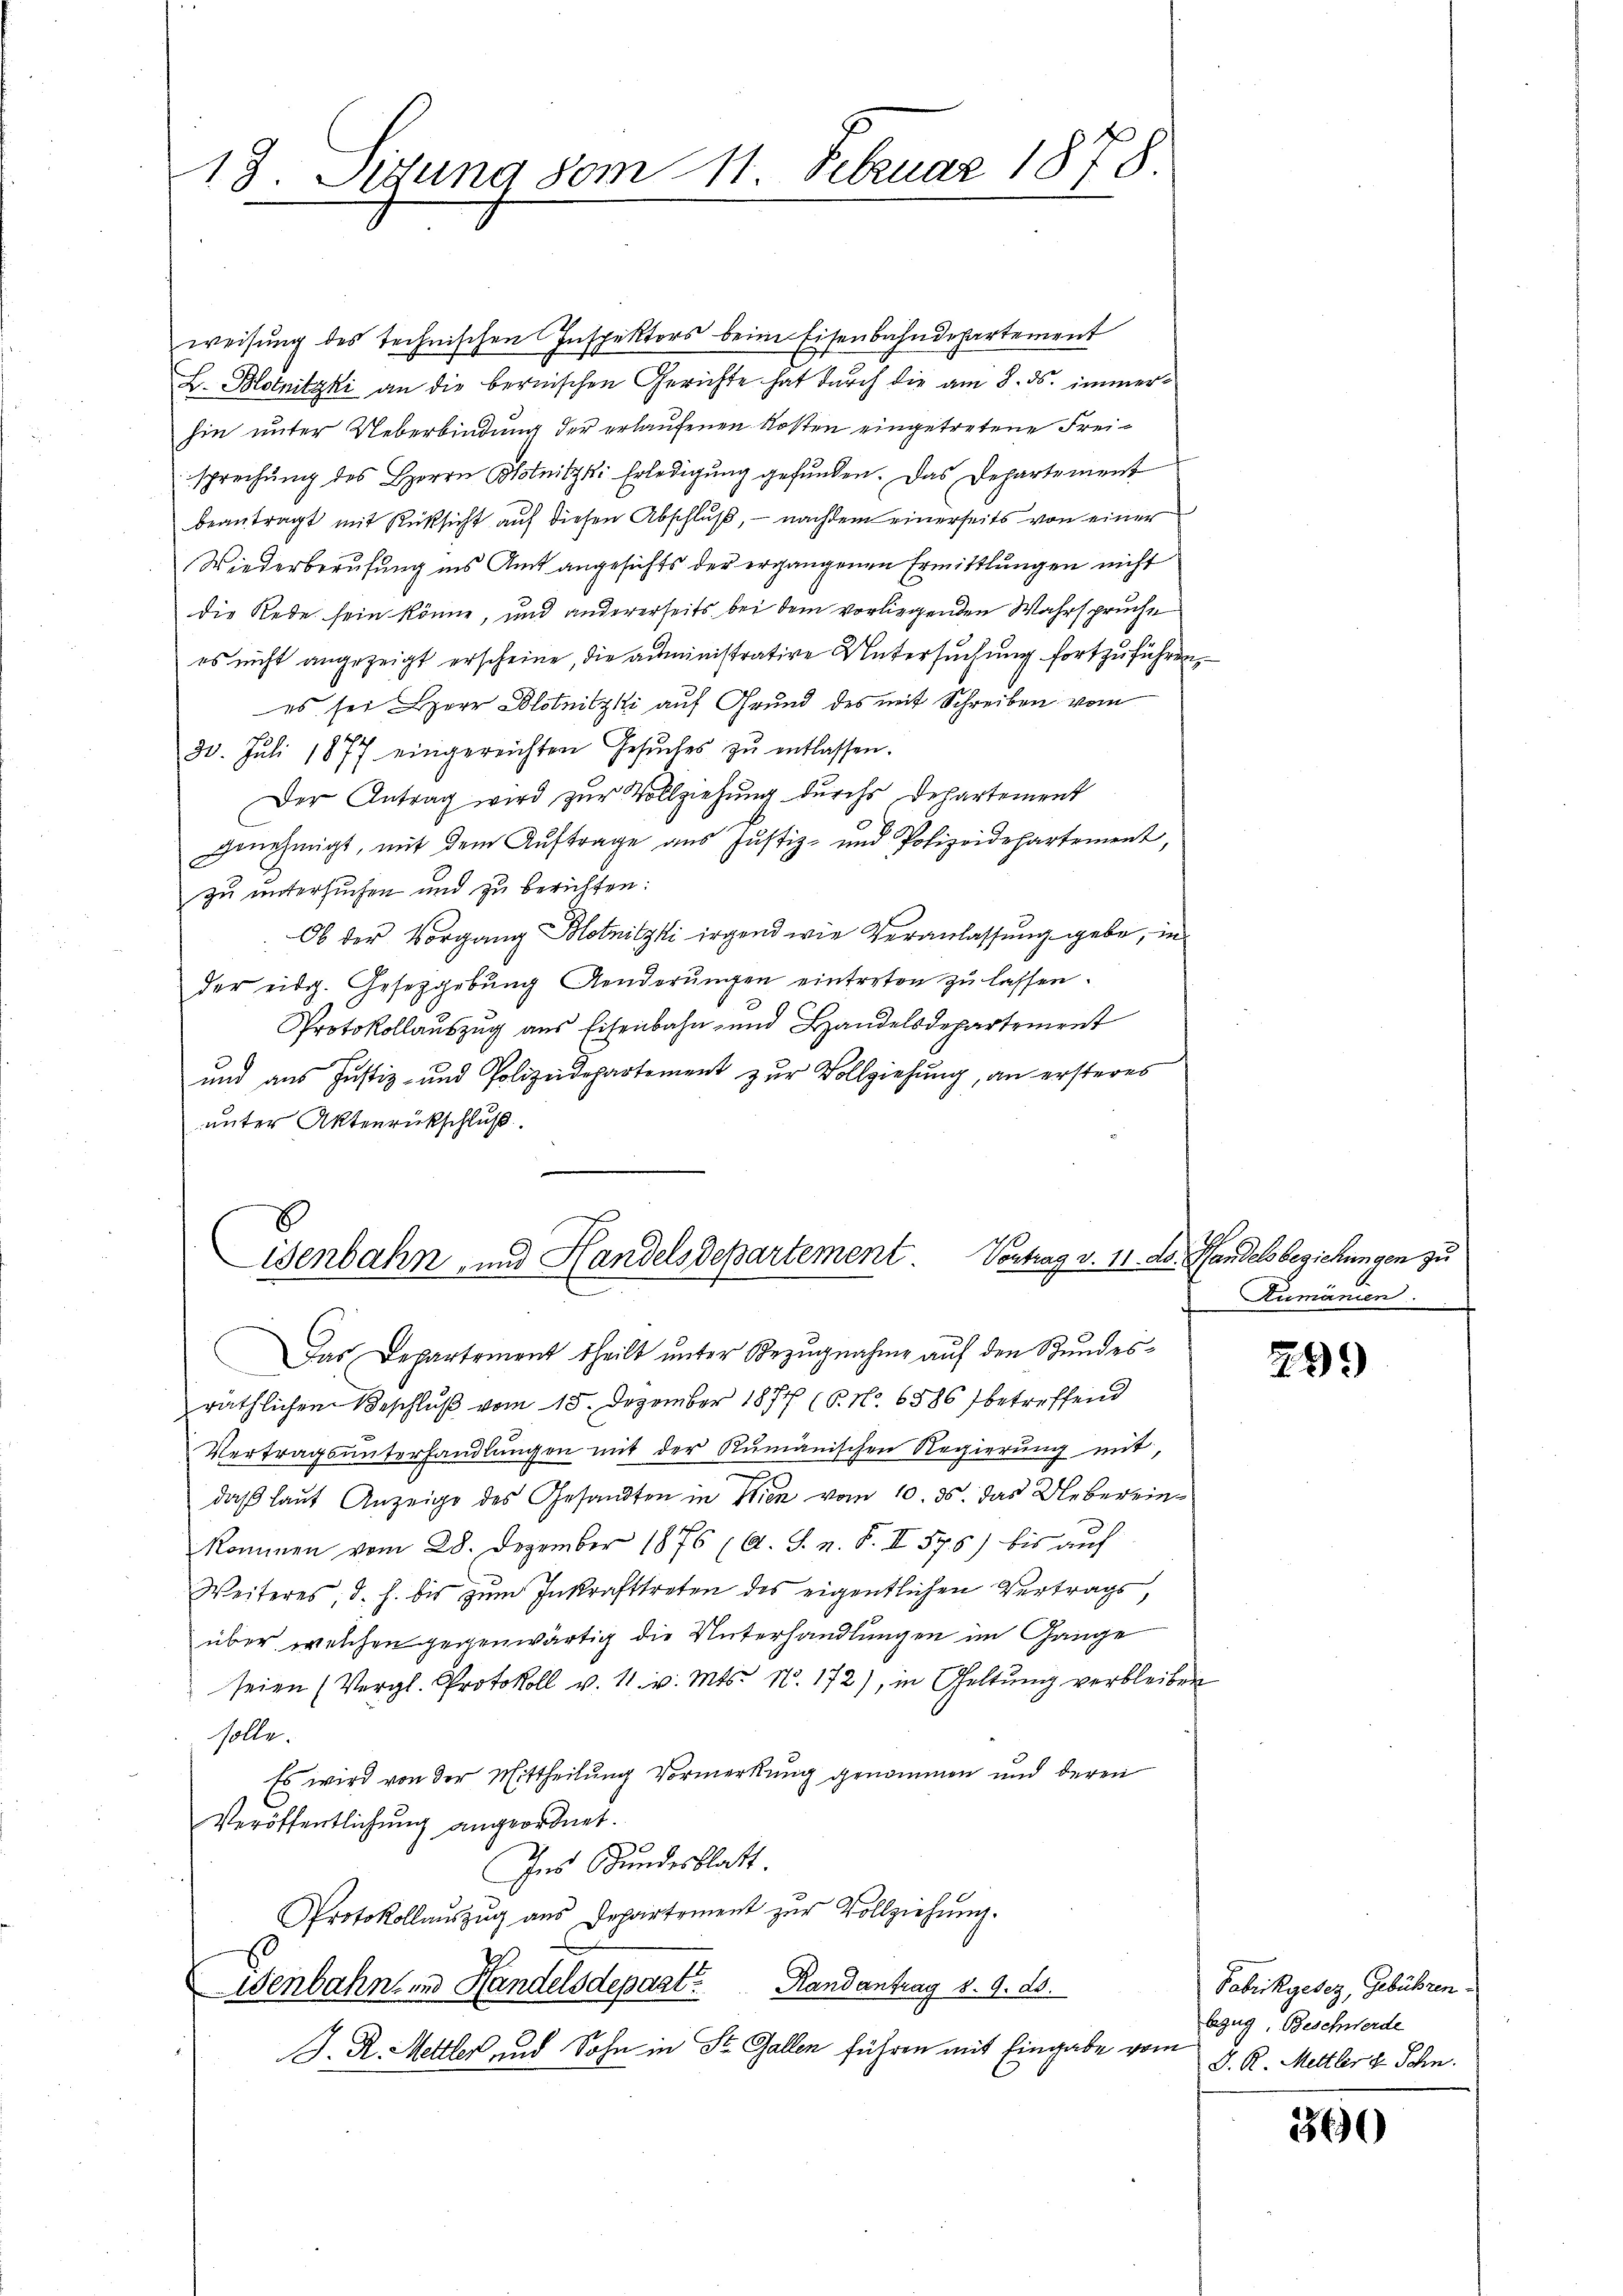
13. Situng vom 11. Februar 1878

weisung des technischen Inspektors beim Eisenbahndepartement
L. Blotnitzki an die bernischen Gerichte hat durch die am 8. ds. immerhin unter Ueberbindung der erlaufenen Kosten eingetretene Freisprechŭng des Herrn Blotnitzki Erledigung gefunden. Das Departement
beantragt mit Rüksicht auf diesen Abschluß, – nachdem einerseits von einer
Wiederberufung ins Amt angesichts der ergangenen Ermittlungen nicht
die Rede sein könne, und andererseits bei dem vorliegenden Wahrspruche
es nicht angezeigt erscheine, die administrative Untersuchung fortzuführen,
es sei Herr Blotnitzki auf Grund des mit Schreiben vom
30. Juli 1877 eingereichten Gesŭches zŭ entlassen.
Der Antrag wird zŭr Vollziehung durchs Departement
genehmigt, mit dem Auftrage aus Justiz- und Polizeidepartement,
zu untersuchen und zu berichten:
Ob der Vorgang Blotnitzki irgend wie Veranlassung gebe, in
der eidg. Gesetzgebung Aenderŭngen eintreten zu lassen.
Protokollauszug aus Eisenbahn- und Handelsdepartement
und aus Justiz- und Polizeidepartement zur Vollziehung, an ersteres
unter Aktenrückschluß.
isenbahn, und Handelsdepartement Contrag v. 11. Ad. Pfandelsbeziehungen zu
Das Departement theilt unter Bezugnahme auf den Stundesräthlichen Beschluß vom 15. Dezember 1877 (6. No. 6586 betreffend
Vertragsunterhandlungen mit der Rumänischen Regierung mit,
0
daß laut Anzeige des Gesandten in Wien vom 10. ds. das Uebereinkommen vom 28. Dezember 1876 (A. S. n. F. II 575) bis auf
Weiteres, d. h. bis zum Inkrafttreten des eigentlichen Vertrags,
über welchen gegenwärtig die Unterhandlungen im Gange
seien (Vergl. Protokoll v. 11. v. Mts. N. 172), in Geltung verbleiben
solle.
Es wird von der Mittheilung Vormerkung genommen und deren
Veröffentlichung angeordnet.
Ins Bundesblatt
Protokollaŭszŭg aŭs Departement zŭr Vollziehŭng.
isenbahn und Handelsdepart Randantrag v. 9. ds.
J. R. Mettler und Sohn in St. Gallen führen mit Eingabe vom

Rumänien.

299

Fabrikgesez, Gebühren.
bzug, Beschwerde
J. R. Mettler d. Sohn.

360